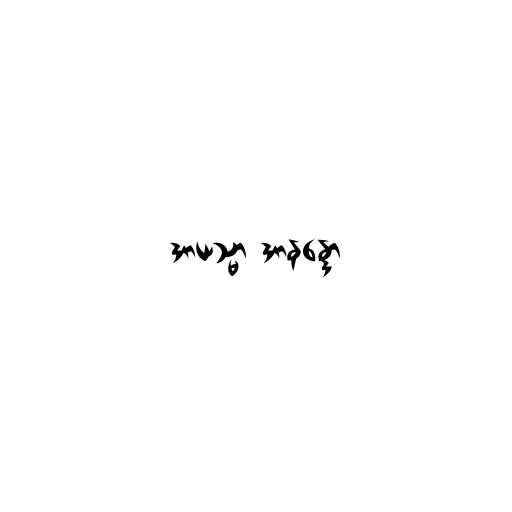
အာယသ္မာ အာနန္ဒော